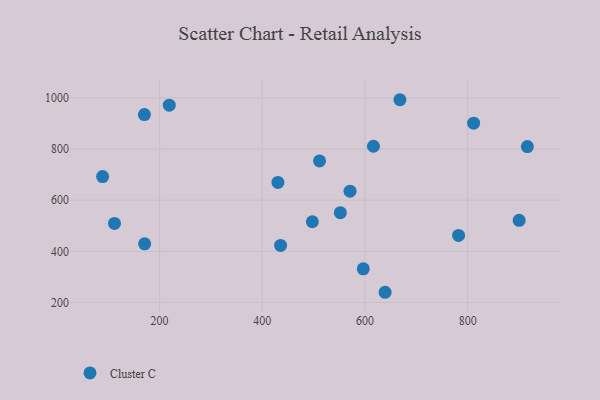
{"axis": {"x": "Price", "y": "Exam Score"}, "legend": ["Cluster C"], "data": [{"x": "782.3", "y": 462.2, "type": "Cluster C"}, {"x": "639.2", "y": 240.0, "type": "Cluster C"}, {"x": "552.0", "y": 551.1, "type": "Cluster C"}, {"x": "170.4", "y": 934.7, "type": "Cluster C"}, {"x": "511.5", "y": 753.5, "type": "Cluster C"}, {"x": "435.6", "y": 423.3, "type": "Cluster C"}, {"x": "570.9", "y": 635.4, "type": "Cluster C"}, {"x": "497.5", "y": 515.8, "type": "Cluster C"}, {"x": "596.7", "y": 331.7, "type": "Cluster C"}, {"x": "916.3", "y": 809.7, "type": "Cluster C"}, {"x": "811.6", "y": 901.1, "type": "Cluster C"}, {"x": "112.1", "y": 509.2, "type": "Cluster C"}, {"x": "900.3", "y": 521.3, "type": "Cluster C"}, {"x": "430.4", "y": 669.6, "type": "Cluster C"}, {"x": "668.1", "y": 992.9, "type": "Cluster C"}, {"x": "616.5", "y": 810.9, "type": "Cluster C"}, {"x": "218.8", "y": 971.7, "type": "Cluster C"}, {"x": "89.0", "y": 692.3, "type": "Cluster C"}, {"x": "170.8", "y": 429.6, "type": "Cluster C"}]}